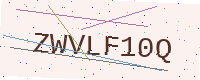
Text: ZWVLF10Q